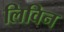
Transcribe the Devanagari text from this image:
लिविन